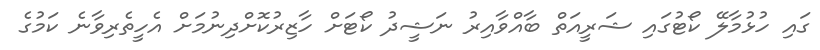
ގައި ހުޅުމާލޭ ކޯޓުގައި ޝަރީއަތް ބާއްވާއިރު ނަޝީދު ކޯޓަށް ހާޒިރުކޮށްދިނުމަށް އެހީތެރިވާނެ ކަމުގެ